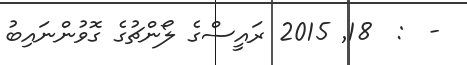
-  :  18